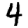
Digit: 4